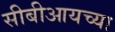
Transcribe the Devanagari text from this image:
सीबीआयच्या